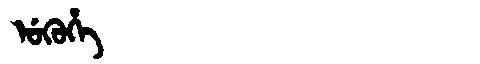
Manchu: ᡠᡴᡠᡥᡝ
Romanization: UKUHE